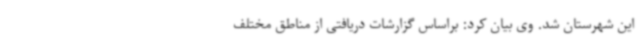
این شهرستان شد. وی بیان کرد: براساس گزارشات دریافتی از مناطق مختلف